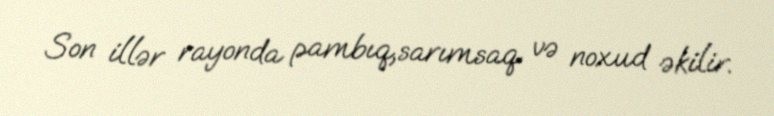
Son illər rayonda pambıq,sarımsaq və noxud əkilir.